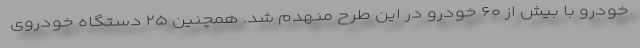
خودرو با بیش از ۶۰ خودرو در این طرح منهدم شد. همچنین ۲۵ دستگاه خودروی